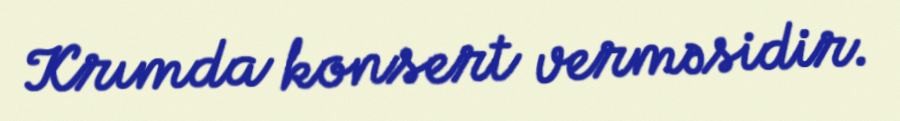
Krımda konsert verməsidir.